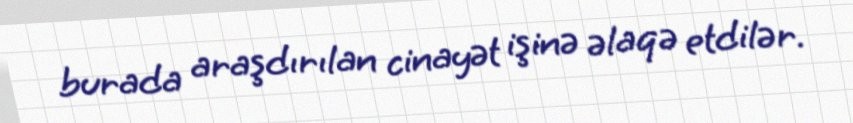
burada araşdırılan cinayət işinə əlaqə etdilər.